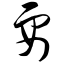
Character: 要